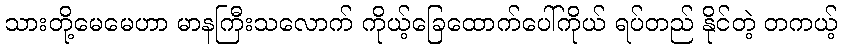
သားတို့မေမေဟာ မာနကြီးသလောက် ကိုယ့်ခြေထောက်ပေါ်ကိုယ် ရပ်တည် နိုင်တဲ့ တကယ့်